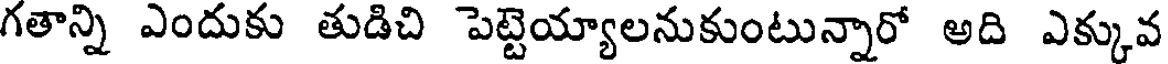
గతాన్ని ఎందుకు తుడిచి పెట్టెయ్యాలనుకుంటున్నారో అది ఎక్కువ